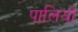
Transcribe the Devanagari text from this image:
पालियो